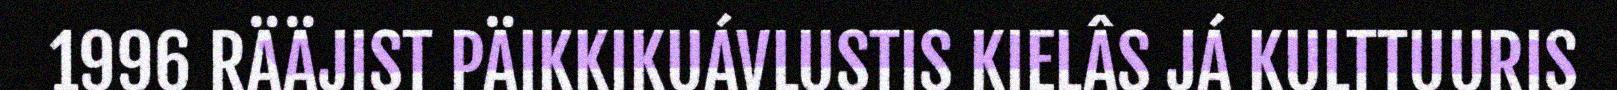
1996 RÄÄJIST PÄIKKIKUÁVLUSTIS KIELÂS JÁ KULTTUURIS